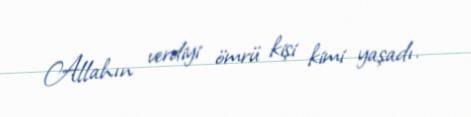
Allahın verdiyi ömrü kişi kimi yaşadı.